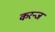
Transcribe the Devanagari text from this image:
करन्‍ज